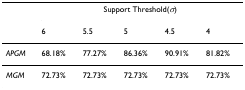
<table><thead><tr><td></td><td colspan="5"><b>Support Threshold(<i>σ</i>)</b></td></tr><tr><td></td><td><b>6</b></td><td><b>5.5</b></td><td><b>5</b></td><td><b>4.5</b></td><td><b>4</b></td></tr></thead><tbody><tr><td><i>APGM</i></td><td>68.18%</td><td>77.27%</td><td>86.36%</td><td>90.91%</td><td>81.82%</td></tr><tr><td><i>MGM</i></td><td>72.73%</td><td>72.73%</td><td>72.73%</td><td>72.73%</td><td>72.73%</td></tr></tbody></table>